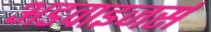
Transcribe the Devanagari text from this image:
अडवाइजर्स